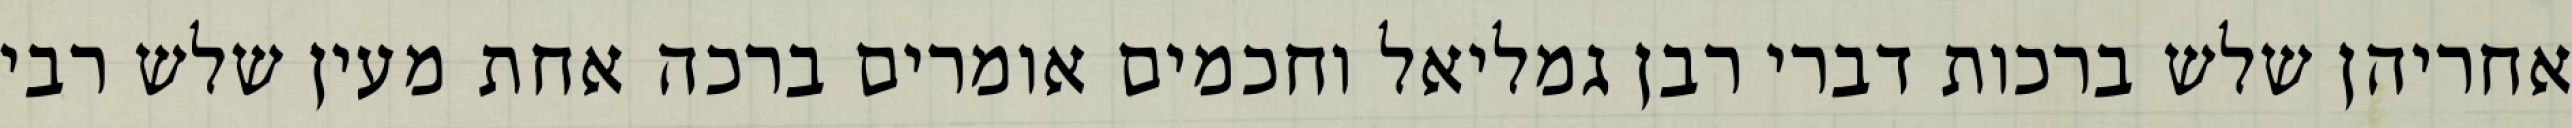
אחריהן שלש ברכות דברי רבן גמליאל וחכמים אומרים ברכה אחת מעין שלש רבי